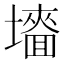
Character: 𡒜